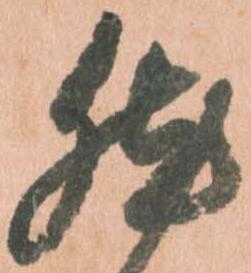
然